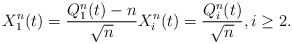
\begin{align*}X_1^n(t) = \frac{Q_1^n(t) - n}{\sqrt{n}} X_i^n(t) = \frac{Q_i^n(t)}{\sqrt{n}}, i \ge 2.\end{align*}